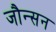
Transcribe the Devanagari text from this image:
जौन्सन